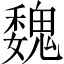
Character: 魏